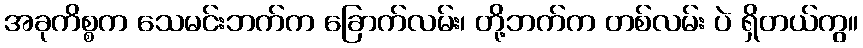
အခုကိစ္စက သေမင်းဘက်က ခြောက်လမ်း၊ တို့ဘက်က တစ်လမ်း ပဲ ရှိတယ်ကွ။